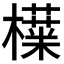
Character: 𬅅